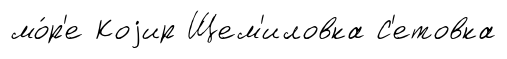
мо́р'е Коjир Щем'иловка С'етовка